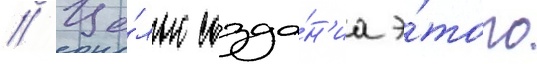
// Це́лью созда́н'иа э́того